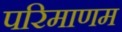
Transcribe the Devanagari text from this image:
परिमाणम